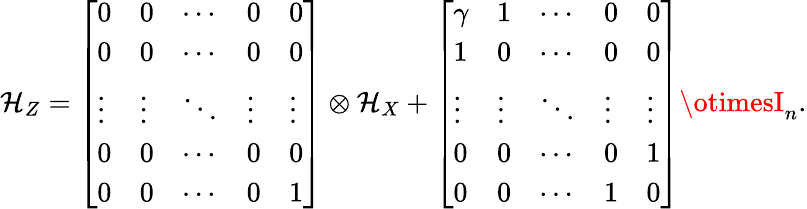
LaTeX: \mathcal{H}_{Z}=\left[\begin{array}{lllll}{0}&{0}&{\cdots}&{0}&{0}\\ {0}&{0}&{\cdots}&{0}&{0}\\ {\vdots}&{\vdots}&{\ddots}&{\vdots}&{\vdots}\\ {0}&{0}&{\cdots}&{0}&{0}\\ {0}&{0}&{\cdots}&{0}&{1}\end{array}\right]\otimes\mathcal{H}_{X}+\left[\begin{array}{lllll}{\gamma}&{1}&{\cdots}&{0}&{0}\\ {1}&{0}&{\cdots}&{0}&{0}\\ {\vdots}&{\vdots}&{\ddots}&{\vdots}&{\vdots}\\ {0}&{0}&{\cdots}&{0}&{1}\\ {0}&{0}&{\cdots}&{1}&{0}\end{array}\right]\otimesI_{n}.